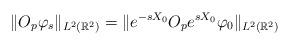
LaTeX: \begin{align*}\|O_p \varphi_s\|_{L^2(\Bbb{R}^2)} = \|e^{-sX_0}O_p e^{sX_0}\varphi_0\|_{L^2(\Bbb{R}^2)}\end{align*}